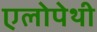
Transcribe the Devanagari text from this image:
एलोपेथी